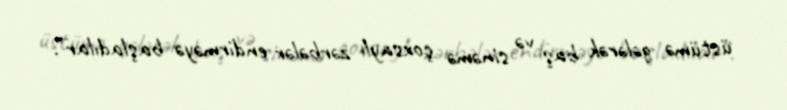
üstümə gələrək baş və sinəmə çoxsaylı zərbələr endirməyə başladılar”.